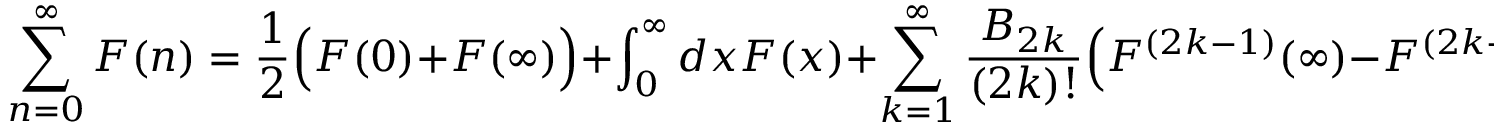
\sum _ { n = 0 } ^ { \infty } F ( n ) = \frac { 1 } { 2 } \Bigl ( F ( 0 ) + F ( \infty ) \Bigr ) + \int _ { 0 } ^ { \infty } d x F ( x ) + \sum _ { k = 1 } ^ { \infty } \frac { B _ { 2 k } } { ( 2 k ) ! } \Bigl ( F ^ { ( 2 k - 1 ) } ( \infty ) - F ^ { ( 2 k - 1 ) } ( 0 ) \Bigr ) ,